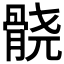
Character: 𱅮